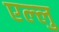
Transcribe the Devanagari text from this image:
एल्लु